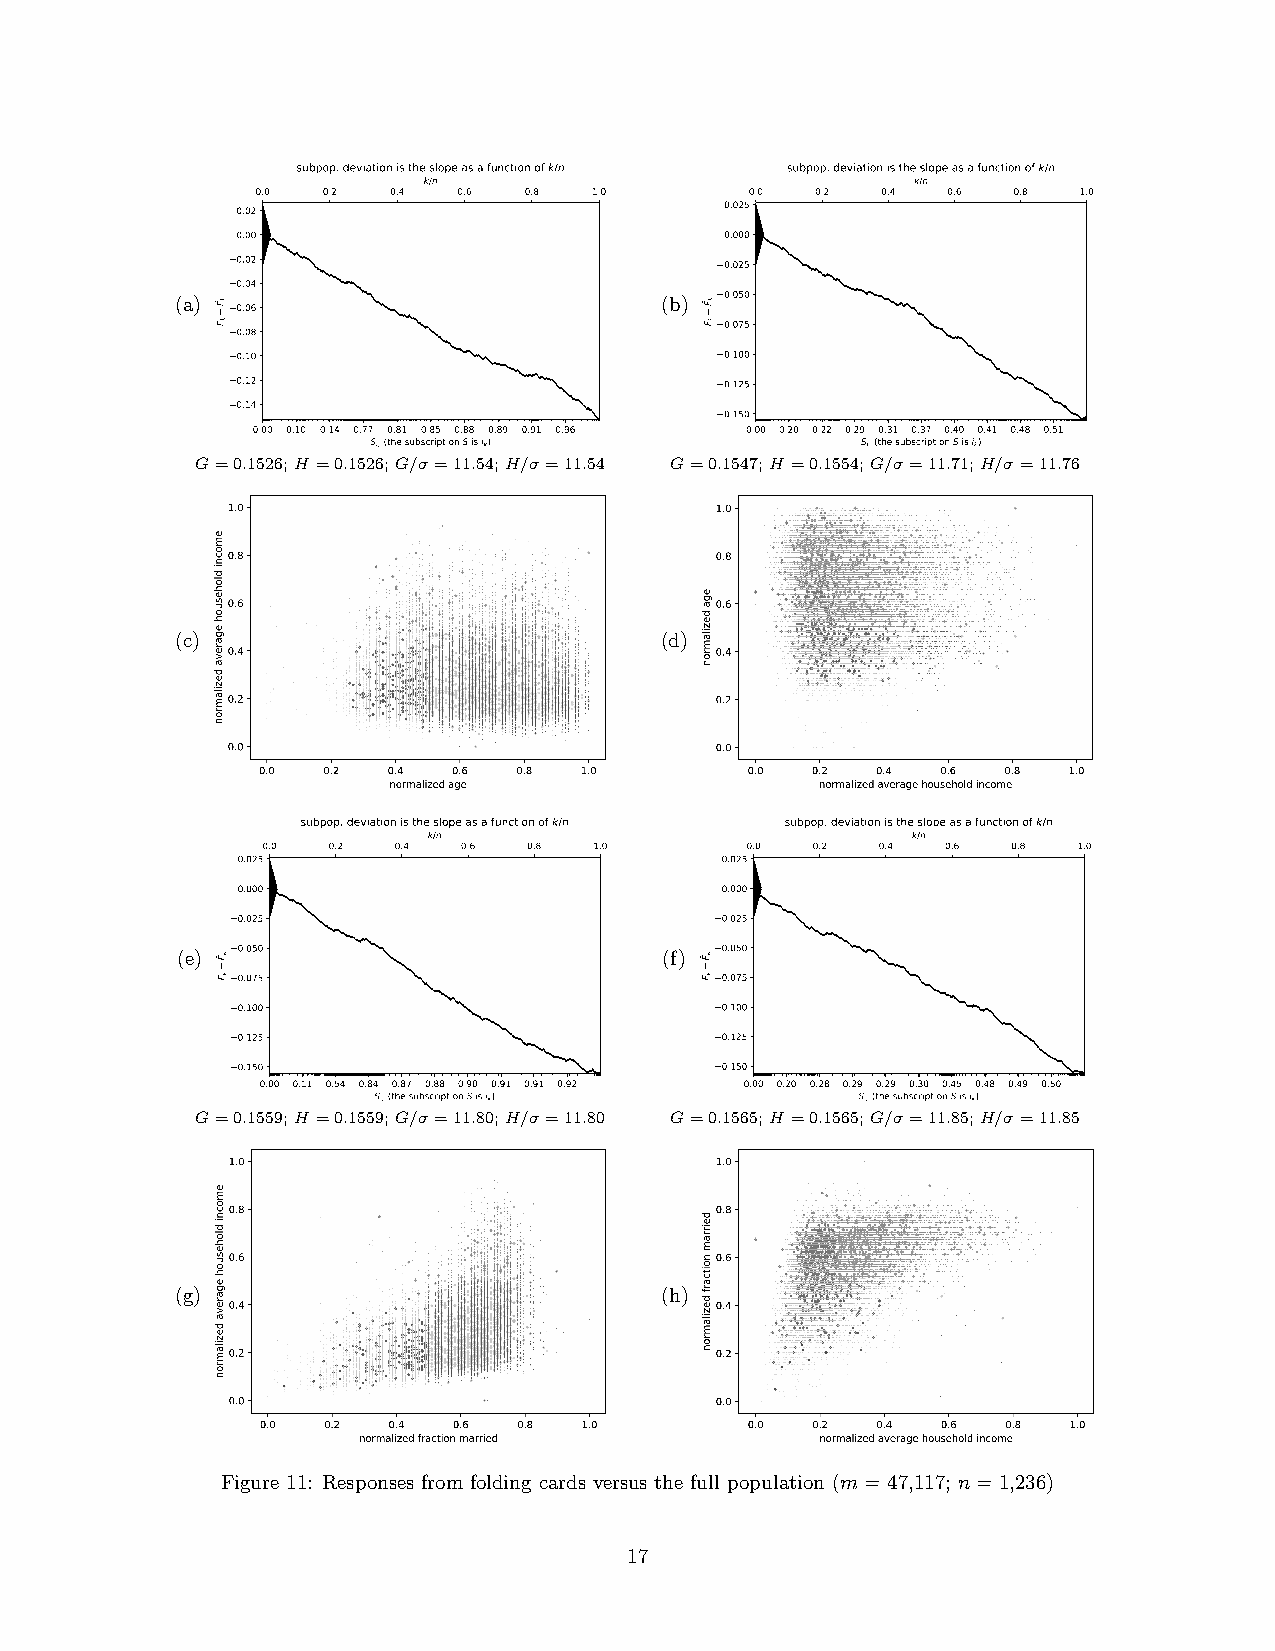
subpop. deviation is the slope as a function of k/n subpop. deviation is the slope as a function of k/n
 k/n                              k/n
 0.0 0.2  0.4 0.6  0.8 1.0        0.0 0.2 0.4  0.6 0.8 1.0
 0.02                            0.025
 0.00                            0.000
 0.02                            0.025
 0.04
 (a)                             (b) 0.050
 0.06
 0.075
 0.08
 0.10                            0.100
 0.12                            0.125
 0.14
 0.150
 0.00 0.10 0.14 0.77 0.81 0.85 0.88 0.89 0.91 0.96 0.00 0.20 0.22 0.29 0.31 0.37 0.40 0.41 0.48 0.51
 Sik (the subscript on S is ik)  Sik (the subscript on S is ik)
 G=0.1526;H =0.1526;G/σ =11.54;H/σ =11.54 G=0.1547;H =0.1554;G/σ =11.71;H/σ =11.76
 (c)                             (d)
 subpop. deviation is the slope as a function of k/n subpop. deviation is the slope as a function of k/n
 k/n                             k/n
 0.0  0.2 0.4  0.6 0.8 1.0       0.0  0.2 0.4  0.6 0.8 1.0
 0.025                           0.025
 0.000                           0.000
 0.025                           0.025
 (e) 0.050                       (f) 0.050
 0.075                           0.075
 0.100                           0.100
 0.125                           0.125
 0.150                           0.150
 0.00 0.11 0.54 0.84 0.87 0.88 0.90 0.91 0.91 0.92 0.00 0.20 0.28 0.29 0.29 0.30 0.45 0.48 0.49 0.50
 Sik (the subscript on S is ik)  Sik (the subscript on S is ik)
 G=0.1559;H =0.1559;G/σ =11.80;H/σ =11.80 G=0.1565;H =0.1565;G/σ =11.85;H/σ =11.85
 (g)                             (h)
 Figure 11: Responses from folding cards versus the full population (m= 47,117; n= 1,236)
 17
 kF
 kF
 kF
 kF
 kF
 kF
 kF
 kF